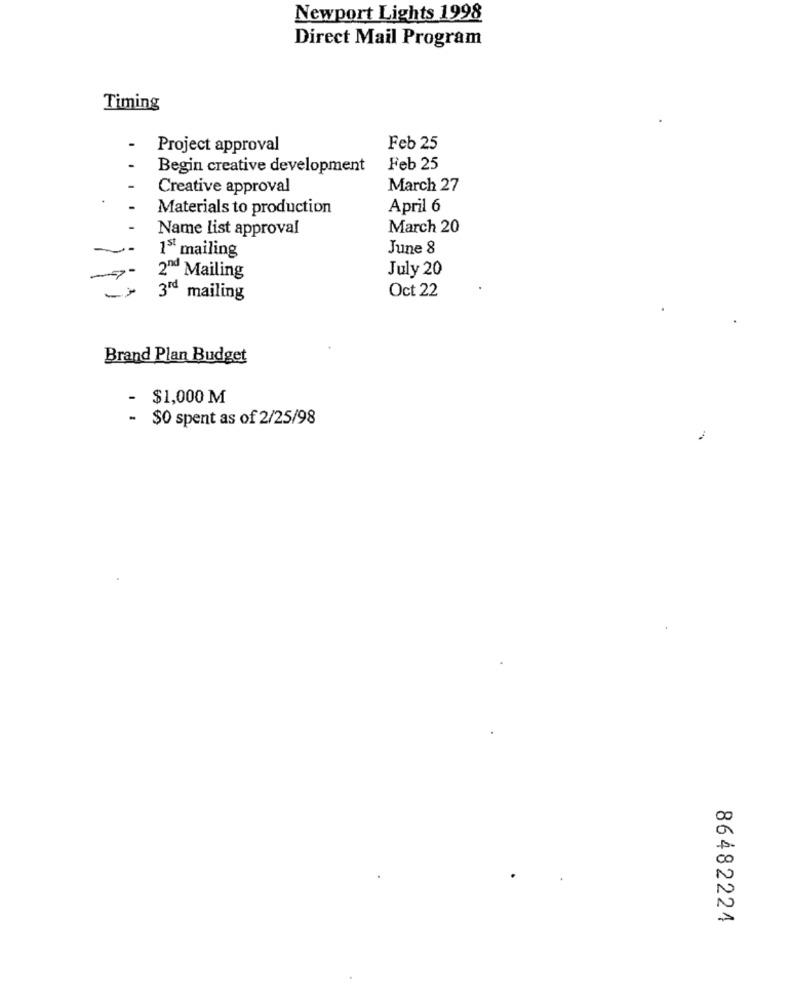
Newport Lights 1998
Direct Mail Program
Timing
.
Project approval
Feb 25
Begin creative development
Feb 25
Creative approval
March 27
Materials to production
April 6
Name list approval
March 20
June 8
15 mailing
July 20
2ªd Mailing
3rd mailing
Oct 22
Brand Plan Budget
$1,000 M
- $0 spent as of 2/25/98
86482224